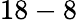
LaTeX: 18-8